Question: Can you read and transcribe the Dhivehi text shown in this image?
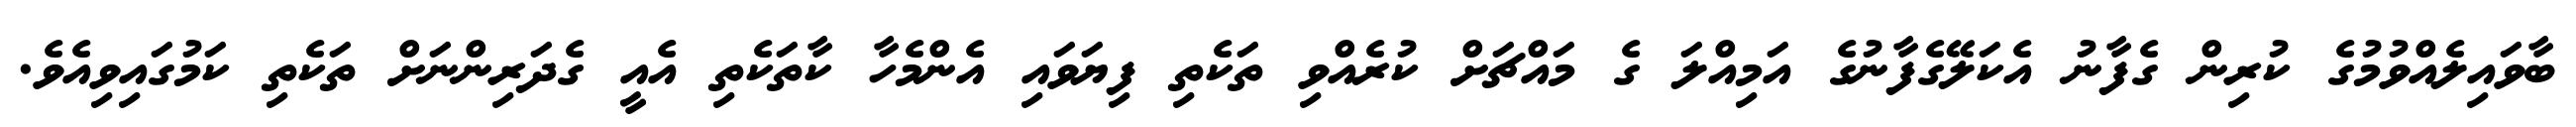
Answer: ބާވައިލެއްވުމުގެ ކުރިން ގެފާނު އެކަލޭގެފާނުގެ އަމިއްލަ ގެ މައްޗަށް ކުރެއްވި ތަކެތި ފިޔަވައި އެންމެހާ ކާތަކެތި އެއީ ގެދަރިންނަށް ތަކެތި ކަމުގައިވިއެވެ.